Lunatic asylums Punjab 1881-1894 - 1881-1894
Year: 1881
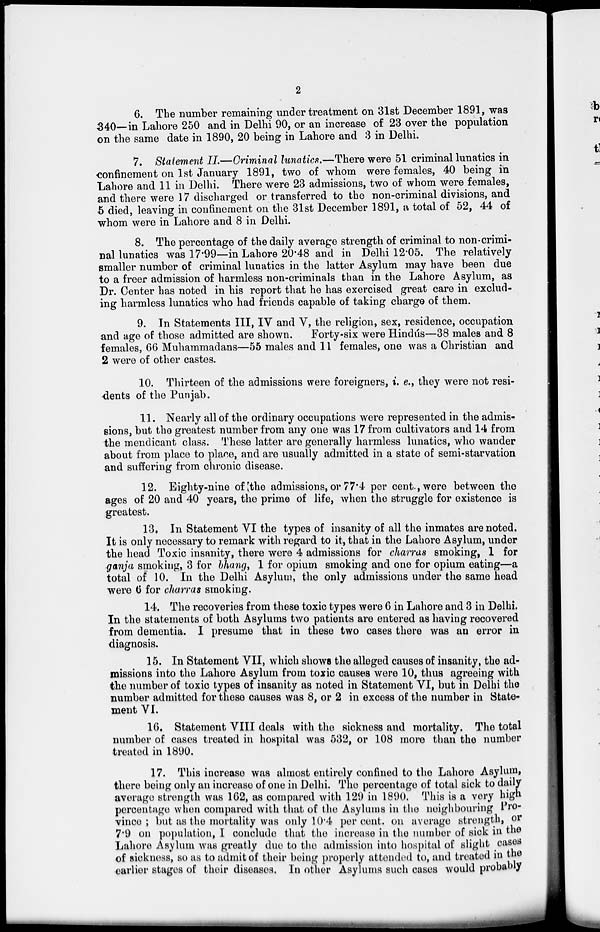
2
6. The number remaining under treatment on 31st December 1891, was
340—in Lahore 250 and in Delhi 90, or an increase of 23 over the population
on the same date in 1890, 20 being in Lahore and 3 in Delhi.
7. Statement II.—Criminal lunatics.—There were 51 criminal lunatics in
confinement on 1st January 1891, two of whom were females, 40 being in
Lahore and 11 in Delhi. There were 23 admissions, two of whom were females,
and there were 17 discharged or transferred to the non-criminal divisions, and
5 died, leaving in confinement on the 31st December 1891, a total of 52, 44 of
whom were in Lahore and 8 in Delhi.
8. The percentage of the daily average strength of criminal to non-crimi-
nal lunatics was 17.99—in Lahore 20.48 and in Delhi 12.05. The relatively
smaller number of criminal lunatics in the latter Asylum may have been due
to a freer admission of harmless non-criminals than in the Lahore Asylum, as
Dr. Center has noted in his report that he has exercised great care in exclud-
ing harmless lunatics who had friends capable of taking charge of them.
9. In Statements III, IV and V, the religion, sex, residence, occupation
and age of those admitted are shown.
Forty-six were Hindús—38 males and 8
females, 66 Muhammadans—55 males and 11 females, one was a Christian and
2 were of other castes.
10. Thirteen of the admissions were foreigners, i. e., they were not resi-
dents of the Punjab.
11. Nearly all of the ordinary occupations were represented in the admis-
sions, but the greatest number from any one was 17 from cultivators and 14 from
the mendicant class. These latter are generally harmless lunatics, who wander
about from place to place, and are usually admitted in a state of semi-starvation
and suffering from chronic disease.
12. Eighty-nine of the admissions, or 77.4 per cent., were between the
ages of 20 and 40 years, the prime of life, when the struggle for existence is
greatest.
13. In Statement VI the types of insanity of all the inmates are noted.
It is only necessary to remark with regard to it, that in the Lahore Asylum, under
the head Toxic insanity, there were 4 admissions for charras smoking, 1 for
ganja smoking, 3 for bhang, 1 for opium smoking and one for opium eating—a
total of 10. In the Delhi Asylum, the only admissions under the same head
were 6 for cha,rras smoking.
14. The recoveries from these toxic types were 6 in Lahore and 3 in Delhi.
In the statements of both Asylums two patients are entered as having recovered
from dementia. I presume that in these two cases there was an error in
diagnosis.
15. In Statement VII, which shows the alleged causes of insanity, the ad-
missions into the Lahore Asylum from toxic causes were 10, thus agreeing with
the number of toxic types of insanity as noted in Statement VI, but in Delhi the
number admitted for these causes was 8, or 2 in excess of the number in State-
ment VI.
16. Statement VIII deals with the sickness and mortality. The total
number of cases treated in hospital was 532, or 108 more than the number
treated in 1890.
17. This increase was almost entirely confined to the Lahore Asylum,
there being only an increase of one in Delhi. The percentage of total sick to daily
average strength was 162, as compared with 129 in 1890. This is a very high
percentage when compared with that of the Asylums in the neighbouring Pro-
vince ; but as the mortality was only 10.4 per cent. on average strength, or
7.9 on population, I conclude that the increase in the number of sick in the
Lahore Asylum was greatly due to the admission into hospital of slight cases
of sickness, so as to admit of their being properly attended to, and treated in the
earlier stages of their diseases. In other Asylums such cases would probably